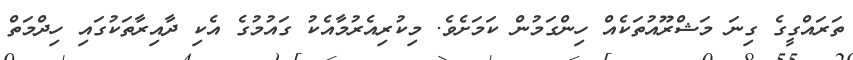
ތަރައްގީގެ ގިނަ މަޝްރޫއުތަކެއް ހިންގަމުން ކަމަށެވެ. މިކުރިއެރުމާއެކު ގައުމުގެ އެކި ދާއިރާތަކުގައި ހިދްމަތް